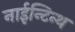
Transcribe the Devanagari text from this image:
नाईन्टिन्थ